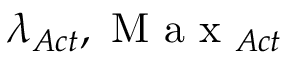
\lambda _ { A c t } , \mathrm { ~ M ~ a ~ x ~ } _ { A c t }